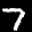
Label: 7